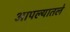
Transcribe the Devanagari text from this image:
आपल्यातले